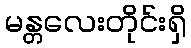
မန္တလေးတိုင်းရှိ